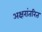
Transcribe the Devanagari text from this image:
अक्षरांतरित